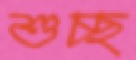
শুচ্ছ